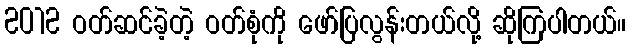
2012 ဝတ်ဆင်ခဲ့တဲ့ ဝတ်စုံကို ဖော်ပြလွန်းတယ်လို့ ဆိုကြပါတယ်။